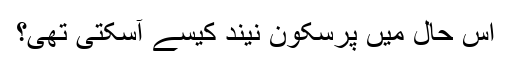
اس حال میں پرسکون نیند کیسے آسکتی تھی؟